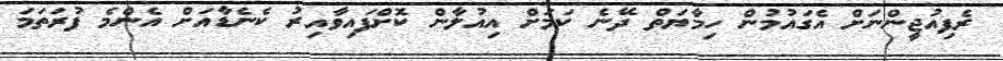
ރެފިއުޖީންނަށް އެގައުމުން ހިމާޔަތް ދޭނެ ކަމަށް އިއުލާން ކޮށްފައިވާއިރު ކެނެޑާއަށް އެންމެ ފުރަތަމަ